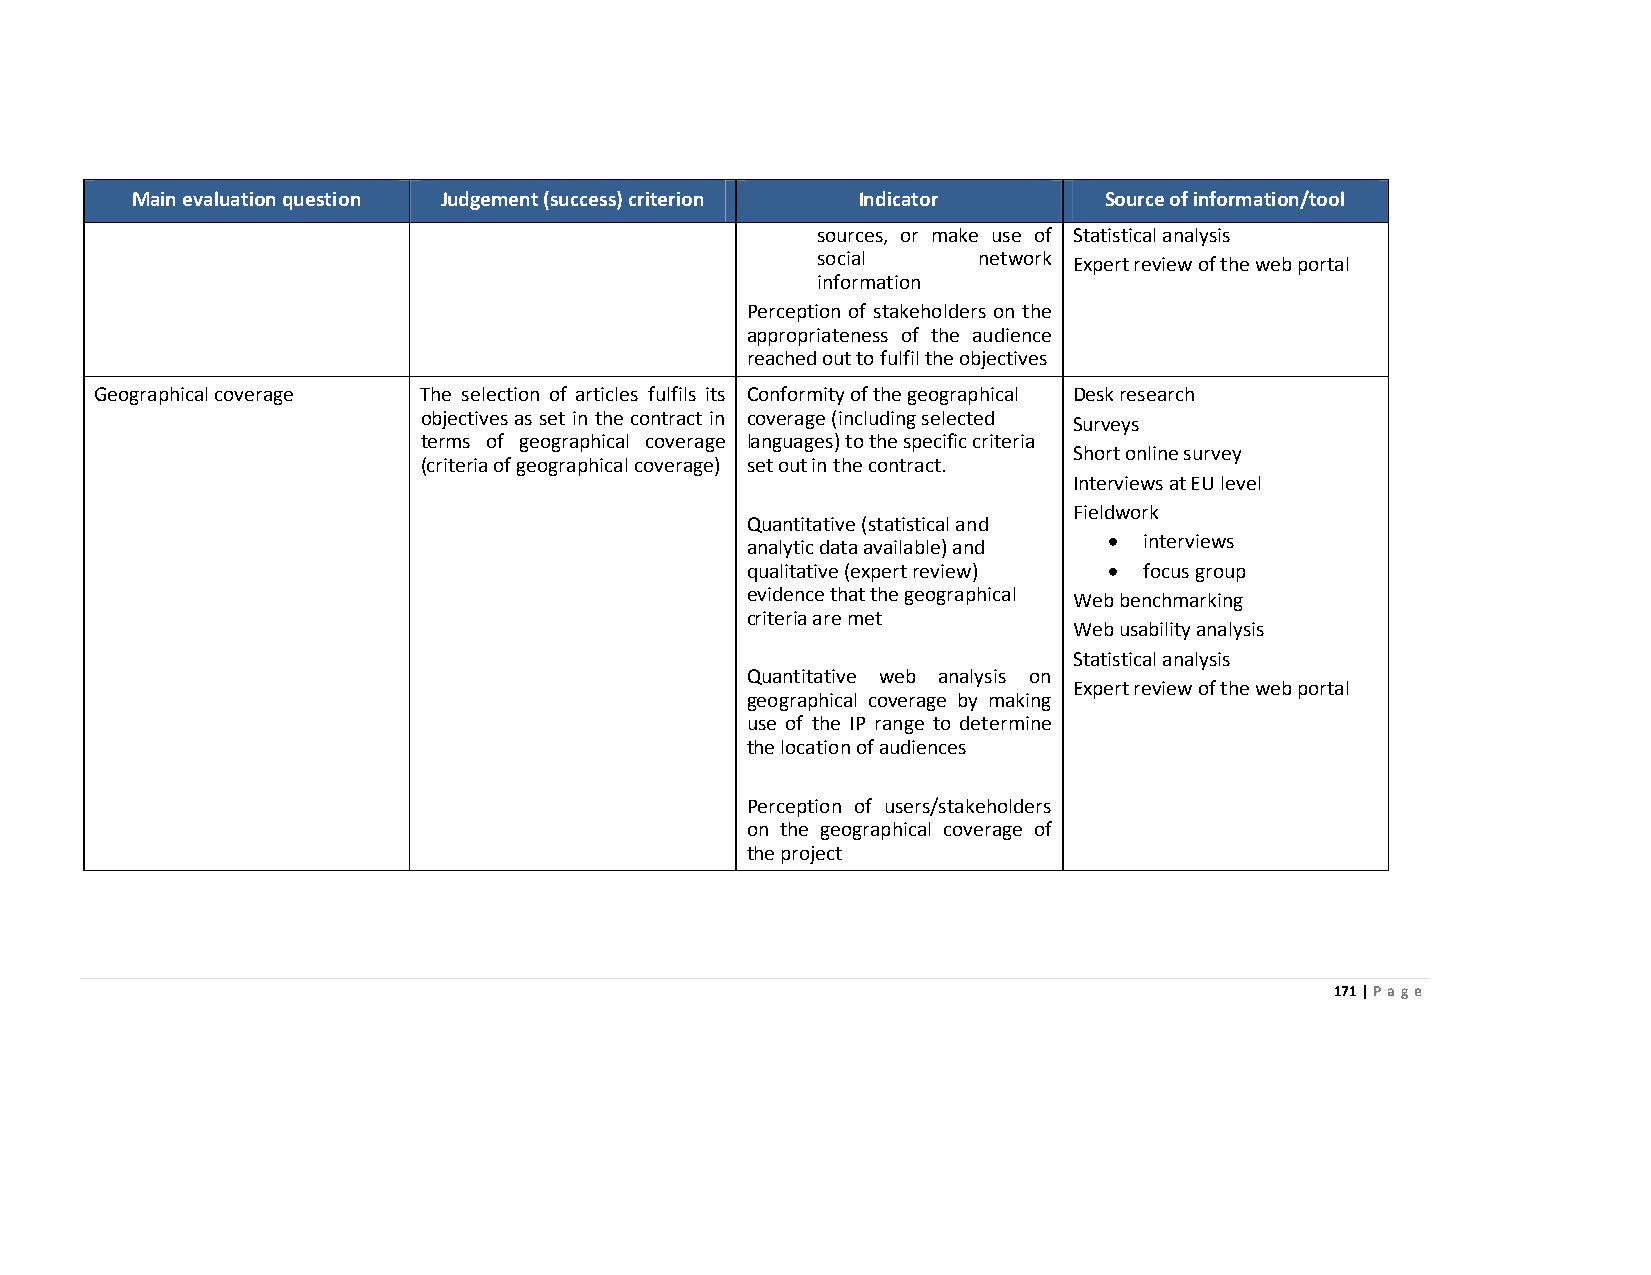
Main evaluation question Judgement (success) criterion Indicator Source of information/tool
 sources, or make use of Statistical analysis
 social     network Expert review of the web portal
 information
 Perception of stakeholders on the
 appropriateness of the audience
 reached out to fulfil the objectives
 Geographical coverage The selection of articles fulfils its Conformity of the geographical Desk research
 objectives as set in the contract in coverage (including selected Surveys
 terms of geographical coverage languages) to the specific criteria
 Short online survey
 (criteria of geographical coverage) set out in the contract.
 Interviews at EU level
 Fieldwork
 Quantitative (statistical and
 analytic data available) and • interviews
 qualitative (expert review) • focus group
 evidence that the geographical Web benchmarking
 criteria are met
 Web usability analysis
 Statistical analysis
 Quantitative web analysis on
 Expert review of the web portal
 geographical coverage by making
 use of the IP range to determine
 the location of audiences
 Perception of users/stakeholders
 on the geographical coverage of
 the project
 171 | Page